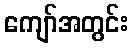
ကျော်အတွင်း